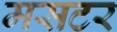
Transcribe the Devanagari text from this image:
मसटर